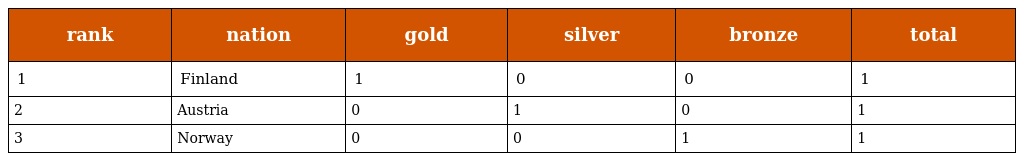
| rank | nation | gold | silver | bronze | total |
 | --- | --- | --- | --- | --- | --- |
 | 1 | Finland | 1 | 0 | 0 | 1 |
 | 2 | Austria | 0 | 1 | 0 | 1 |
 | 3 | Norway | 0 | 0 | 1 | 1 |